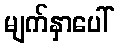
မျက်နှာပေါ်